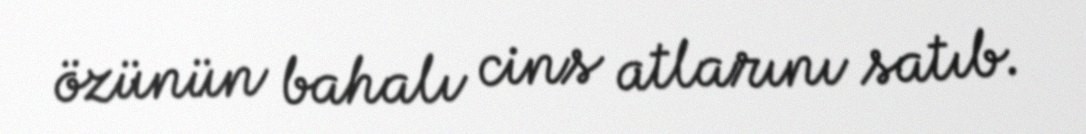
özünün bahalı cins atlarını satıb.